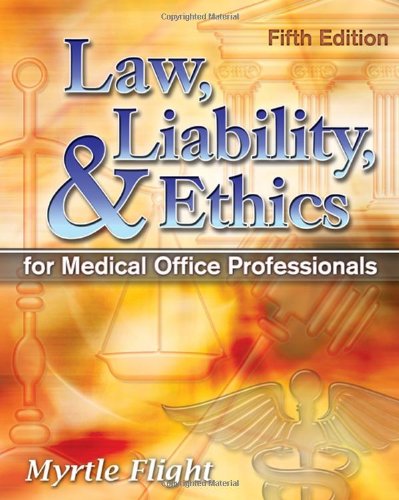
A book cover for Law, Liability, and Ethics for Medical Office Professionals (Law, Liability, and Ethics Fior Medical Office Professionals); Myrtle R. Flight; Medical Books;